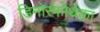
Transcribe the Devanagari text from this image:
डिमोरफोथेका